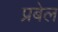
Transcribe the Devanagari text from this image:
प्रबेल